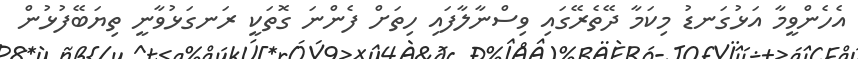
އެހެންވީމާ އަޅުގަނޑު މިކަމާ ދޭތެރޭގައި ވިސްނާލާފައި ހިތަށް ފެންނަ ގޮތަކީ ރަނގަޅުވާނީ ތިޔަބޭފުޅުން